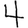
Digit: 4